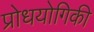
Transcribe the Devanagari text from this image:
प्रोधयोगिकी